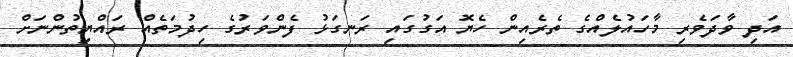
އަދި ވާދަވެރި މާހައުލެއްގެ ތެރެއިން ހެޔޮ އަގުގައި ރަނގަޅު ފެންވަރުގެ ހިދުމަތެއް ރައްޔިތުންނަށް